Punjab Mental Hospital Lahore 1932-46 - 1932-1946
Year: 1932
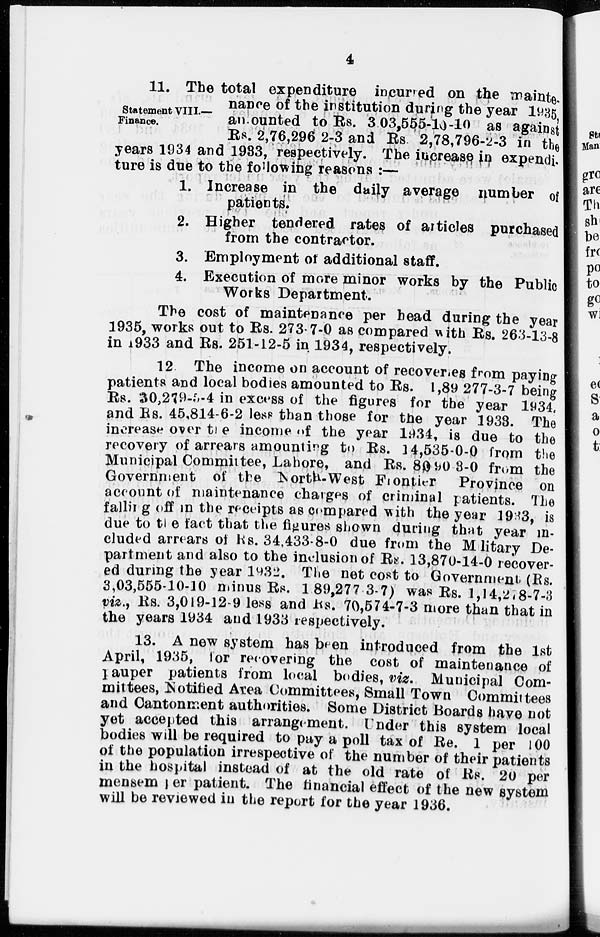
4
Statement VIII.—
Finance.
11. The total expenditure incurred on the mainte¬
nance of the institution during the year 1935
amounted to Rs. 3,03,555-10-10 as against
Rs. 2,76,296 2-3 and Rs. 2,78,796-2-3 in the
years 1934 and 1933, respectively. The increase in expendi-
ture is due to the following reasons :—
1. Increase in the daily average number of
patients.
2. Higher tendered rates of articles purchased
from the contractor.
3. Employment of additional staff.
4. Execution of more minor works by the Public
Works Department.
The cost of maintenance per head during the year
1935, works out to Rs. 273-7-0 as compared with Rs. 263-13-8
in 1933 and Rs. 251-12-5 in 1934, respectively.
12. The income on account of recoveries from paying
patients and local bodies amounted to Rs. 1,89 277-3-7 being
Rs. 30,279-5-4 in excess of the figures for the year 1934,
and Rs. 45,814-6-2 less than those for the year 1933. The
increase over the income of the year 1934, is due to the
recovery of arrears amounting to Rs. 14,535-0-0 from the
Municipal Committee, Lahore, and Rs. 8,090-3-0 from the
Government of the North-West Frontier
Province on
account of maintenance charges of criminal patients. The
falling off in the receipts as compared with the year 1933, is
due to the fact that the figures shown during that year in-
cluded arrears of Rs. 34,433-8-0 due from the Military De-
partment and also to the inclusion of Rs. 13,870-14-0 recover-
ed during the year 1932. The net cost to Government (Rs.
3,03,555-10-10 minus Rs. 1,89,277-3-7) was Rs. 1,14,278-7-3
viz., Rs. 3,019-12-9 less and Rs. 70,574-7-3 more than that in
the years 1934 and 1933 respectively.
13. A new system has been introduced from the 1st
April, 1935, for recovering the cost of maintenance of
pauper patients from local bodies, viz. Municipal Com-
mittees, Notified Area Committees, Small Town Committees
and Cantonment authorities. Some District Boards have not
yet accepted this arrangement. Under this system local
bodies will be required to pay a poll tax of Re. 1 per 100
of the population irrespective of the number of their patients
in the hospital instead of at the old rate of Rs. 20 per
mensem per patient. The financial effect of the new system
will be reviewed in the report for the year 1936.